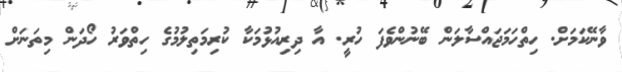
ވާނޭކަމަށް. ހިތްހަމަޖައްސާލަން ބޭނުންވެފަ ހުރީ. އާ ދިރިއުޅުމަކާ ކުރިމަތިލުމުގެ ހިތްވަރު ހޯދަން މިތަނަށް